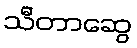
သီတာဆွေ